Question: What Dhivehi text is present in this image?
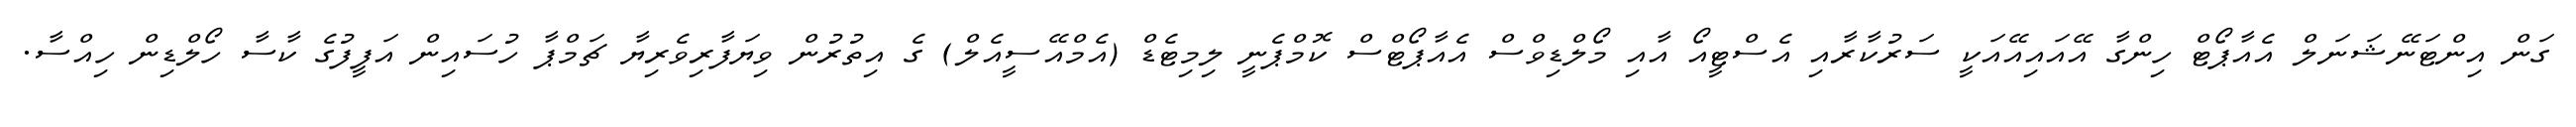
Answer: ގަން އިންޓަނޭޝަނަލް އެއާޕޯޓް ހިންގާ އޭއައިއޭއަކީ ސަރުކާރާއި އެސްޓީއޯ އާއި މޯލްޑިވްސް އެއާޕޯޓްސް ކޮމްޕެނީ ލިމިޓެޑް (އެމްއޭސީއެލް) ގެ އިތުރުން ވިޔަފާރިވެރިޔާ ޗަމްޕާ ހުސައިން އަފީފުގެ ކާސާ ހޯލްޑިން ހިއްސާ.